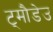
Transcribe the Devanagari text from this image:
ट्मौडेउ